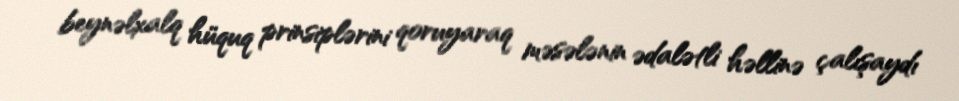
beynəlxalq hüquq prinsiplərini qoruyaraq məsələnin ədalətli həllinə çalışaydı